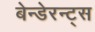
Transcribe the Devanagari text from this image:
बेन्डेरन्ट्स